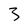
Character: 3